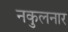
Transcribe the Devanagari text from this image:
नकुलनार